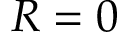
R = 0